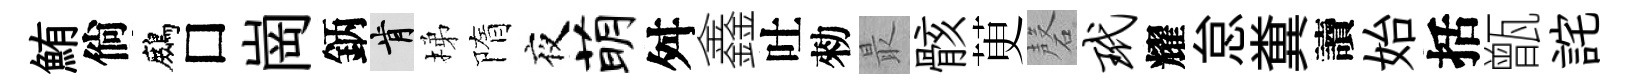
鮪倘鷓□崗鈵肯梯隋夜萌舛鑫吐勑最骸茰磬玳耀怠糞讀始括甑詫